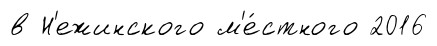
в Н'ежинского м'е́стного 2016